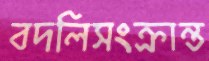
বদলিসংক্রান্ত